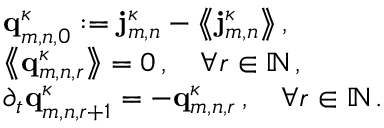
\begin{array} { r l } & { \mathbf { q } _ { m , n , 0 } ^ { \kappa } : = \mathbf { j } _ { m , n } ^ { \kappa } - \bigl \langle \! \! \bigl \langle \mathbf { j } _ { m , n } ^ { \kappa } \bigr \rangle \! \! \bigr \rangle \, , } \\ & { \bigl \langle \! \! \bigl \langle \mathbf { q } _ { m , n , r } ^ { \kappa } \bigr \rangle \! \! \bigr \rangle = 0 \, , \quad \forall r \in \ensuremath { \mathbb { N } } \, , } \\ & { \partial _ { t } \mathbf { q } _ { m , n , r + 1 } ^ { \kappa } = - \mathbf { q } _ { m , n , r } ^ { \kappa } \, , \quad \forall r \in \ensuremath { \mathbb { N } } \, . } \end{array}